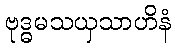
ဗုဒ္ဓမသယှသာဟိနံ